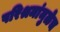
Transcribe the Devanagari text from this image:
परिश्रमांमुळेच